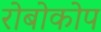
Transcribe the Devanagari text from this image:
रोबोकोप